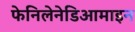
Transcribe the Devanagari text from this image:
फेनिलेनेडिआमाइन